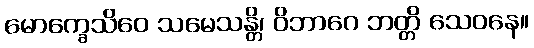
မောက္ခေသိဝေ သမေသန္တိ၊ ဝိဘာဂေ ဘတ္တိ သေဝနေ။